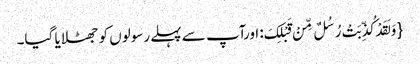
{ وَ لَقَدْ کُذِّبَتْ رُسُلٌ مِّنْ قَبْلِکَ: اورآپ سے پہلے رسولوں کو جھٹلایا گیا۔